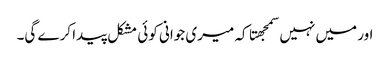
اور میں نہیں سمجهتا کہ میری جوانی کوئی مشکل پیدا کرے گی۔